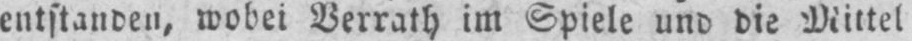
entstanden, wobei Verrath im Spiele und die Mittel